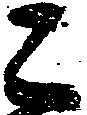
ニ